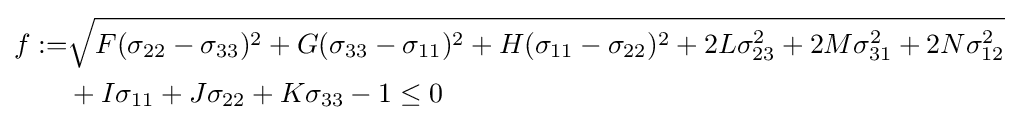
{\begin{aligned}f:=&{\sqrt {F(\sigma _{22}-\sigma _{33})^{2}+G(\sigma _{33}-\sigma _{11})^{2}+H(\sigma _{11}-\sigma _{22})^{2}+2L\sigma _{23}^{2}+2M\sigma _{31}^{2}+2N\sigma _{12}^{2}}}\\&+I\sigma _{11}+J\sigma _{22}+K\sigma _{33}-1\leq 0\end{aligned}}